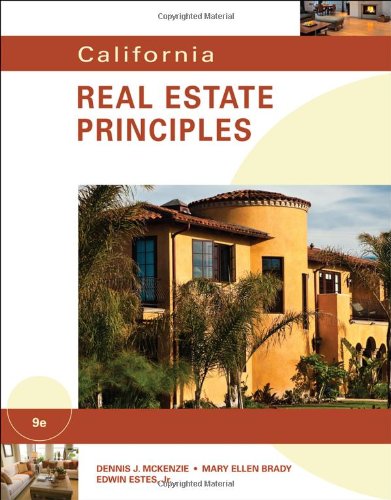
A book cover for California Real Estate Principles; Dennis J. McKenzie; Business & Money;